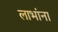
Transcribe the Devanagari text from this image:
लाभांना